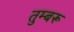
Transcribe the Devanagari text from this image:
तुम्बरू